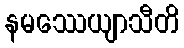
နမဿေယျာသီတိ